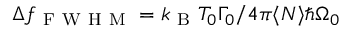
\Delta f _ { \mathrm { ~ F ~ W ~ H ~ M ~ } } = { k _ { \mathrm { ~ B ~ } } T _ { 0 } \Gamma _ { 0 } } / { 4 \pi \langle N \rangle \hbar \Omega _ { 0 } }